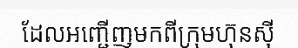
ដែលអញ្ជើញមកពីក្រុមហ៊ុនស៊ី